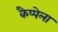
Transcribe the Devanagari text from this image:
कैप्पेला